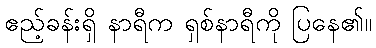
ဧည့်ခန်းရှိ နာရီက ရှစ်နာရီကို ပြနေ၏။